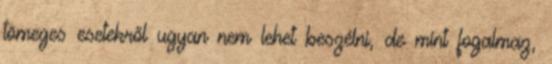
tömeges esetekről ugyan nem lehet beszélni, de mint fogalmaz,